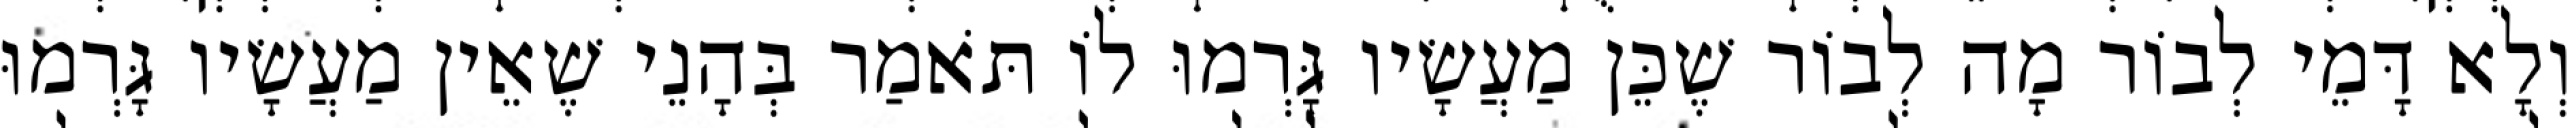
וְלָא דָּמֵי לְבוֹר מָה לְבוֹר שֶׁכֵּן מַעֲשָׂיו גָּרְמוּ לוֹ תֹּאמַר בְּהָנֵי שֶׁאֵין מַעֲשָׂיו גָּרְמוּ